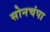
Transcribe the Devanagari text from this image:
सोनचंपा